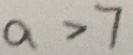
a > 7